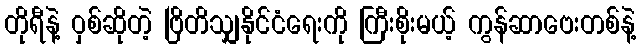
တိုရီနဲ့ ဝှစ်ဆိုတဲ့ ဗြိတိသျှနိုင်ငံရေးကို ကြီးစိုးမယ့် ကွန်ဆာဗေးတစ်နဲ့